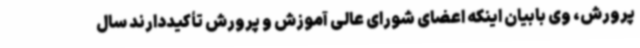
پرورش، وی بابیان اینکه اعضای شورای عالی آموزش و پرورش تأکیددارند سال